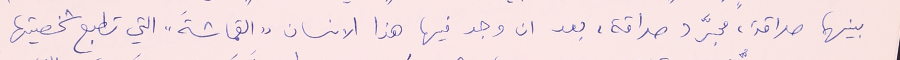
بينهما صداقة، مجرَّد صداقة، بعد ان وجد فيها هذا الانسان "القماشةَ" التي تطبع شخصيتها